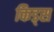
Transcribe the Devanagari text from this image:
किड्‍स